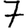
Digit: 7